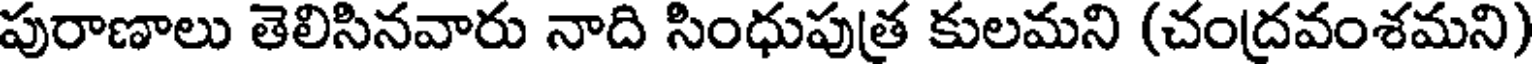
పురాణాలు తెలిసినవారు నాది సింధుపుత్ర కులమని (చంద్రవంశమని)